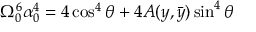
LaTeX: \Omega _ { 0 } ^ { 6 } \alpha _ { 0 } ^ { 4 } = 4 \cos ^ { 4 } \theta + 4 A ( y , \bar { y } ) \sin ^ { 4 } \theta